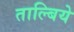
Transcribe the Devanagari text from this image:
ताल्बिये